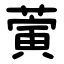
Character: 蔩